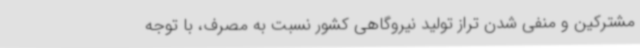
مشترکین و منفی شدن تراز تولید نیروگاهی کشور نسبت به مصرف، با توجه